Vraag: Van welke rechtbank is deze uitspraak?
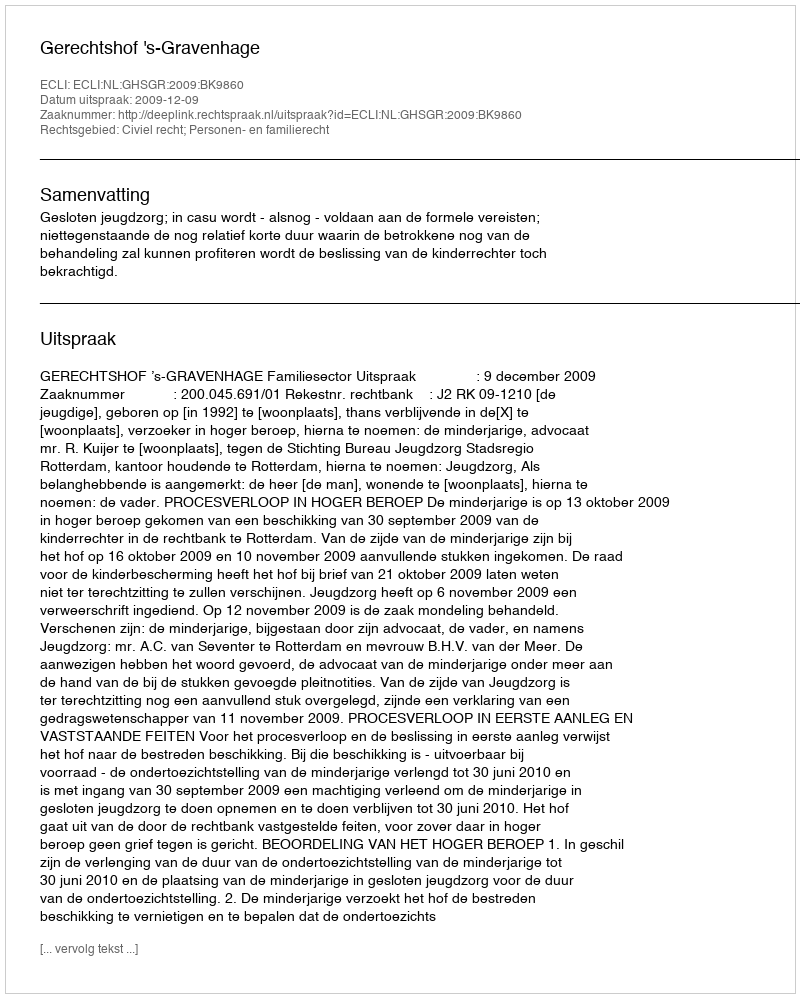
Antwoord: Gerechtshof 's-Gravenhage